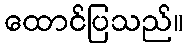
ထောင်ပြသည်။